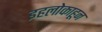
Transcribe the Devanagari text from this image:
इहलोकाहून